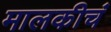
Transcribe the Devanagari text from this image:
मालकीचं